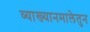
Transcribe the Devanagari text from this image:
व्याख्यानमालेतुन